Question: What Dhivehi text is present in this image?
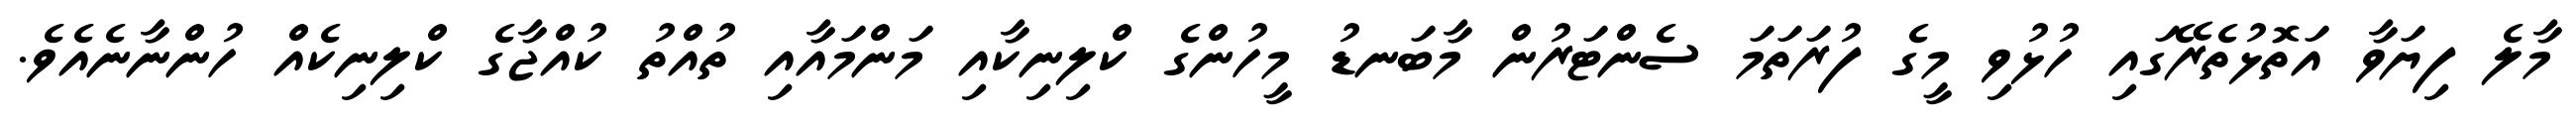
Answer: މާލެ ފިޔަވާ އަތޮޅުތެރޭގައި ހުޅުވި މީގެ ފުރަތަމަ ސެންޓަރުން މާބަނޑު މީހުންގެ ކްލިނިކާއި މަންމައާއި ތުއްތު ކުއްޖާގެ ކްލިނިކެއް ހުންނާނެއެވެ.